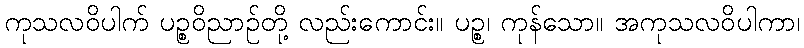
ကုသလဝိပါက် ပဉ္စဝိညာဉ်တို့ လည်းကောင်း။ ပဉ္စ၊ ကုန်သော။ အကုသလဝိပါကာ၊